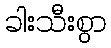
ခါးသီးစွာ